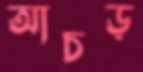
আচড়